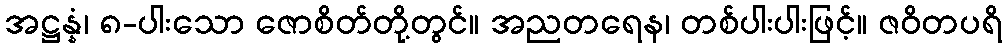
အဋ္ဌန္နံ၊ ၈-ပါးသော ဇောစိတ်တို့တွင်။ အညတရေန၊ တစ်ပါးပါးဖြင့်။ ဇဝိတပရိ